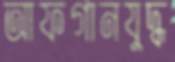
আফগানযুদ্ধ